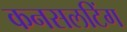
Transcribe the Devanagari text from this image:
कनसलटिंग